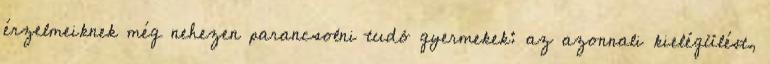
érzelmeiknek még nehezen parancsolni tudó gyermekek: az azonnali kielégülést,